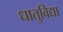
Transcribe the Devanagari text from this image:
धातुविद्या